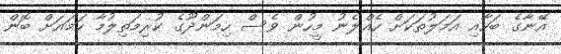
އޭނާގެ ބަހާއި އަމަލުތަކަށް ހެއްލެނު މީހުން ވެސް ހިމަންދޫގެ ކުރިމަތިލުމާ ހަމައަށް ބޮން